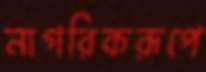
নাগরিকরূপে